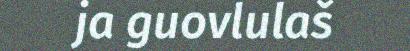
ja guovlulaš